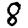
Digit: 8